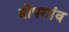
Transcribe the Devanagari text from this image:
बोपगांव